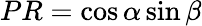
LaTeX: PR=\cos\alpha\sin\beta